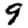
Digit: 9